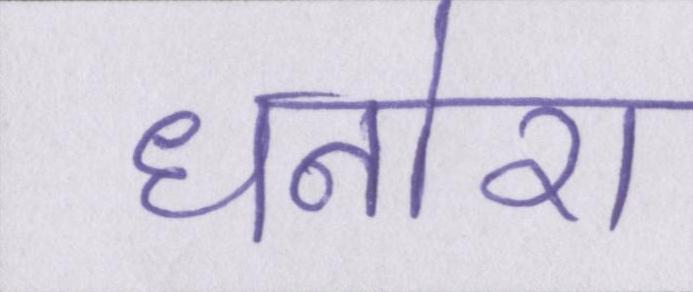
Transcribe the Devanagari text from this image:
धनोरा